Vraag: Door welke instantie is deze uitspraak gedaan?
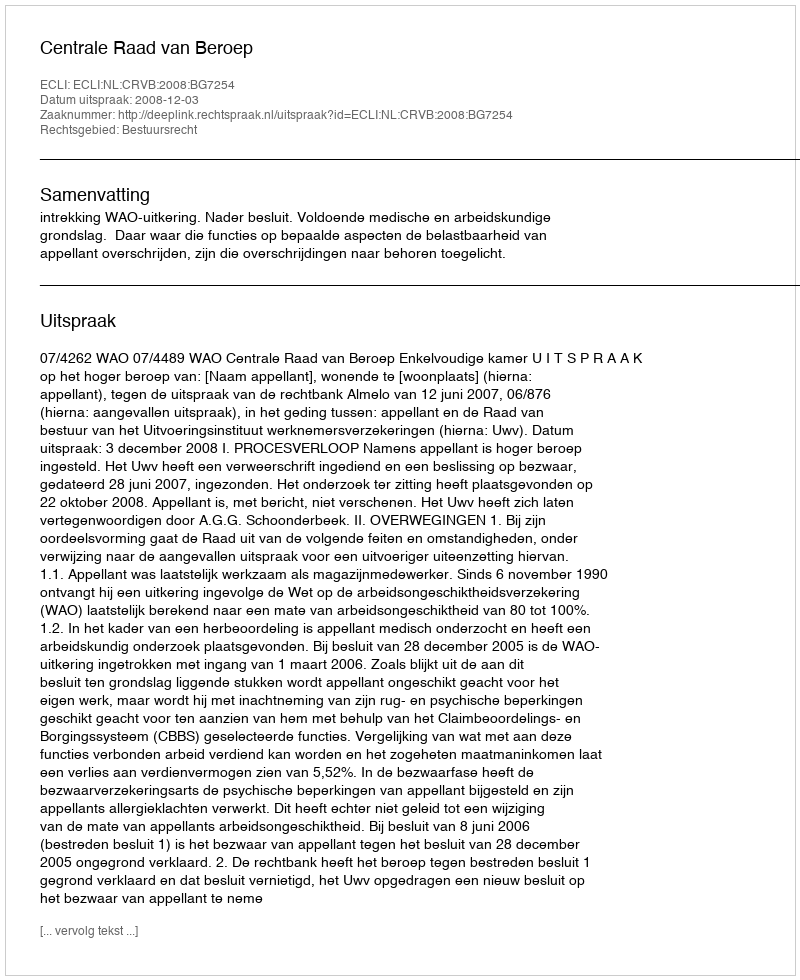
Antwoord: Centrale Raad van Beroep